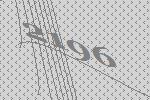
2196